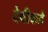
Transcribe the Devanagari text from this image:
देवीकडे